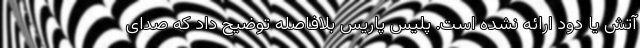
آتش یا دود ارائه نشده است. پلیس پاریس بلافاصله توضیح داد که صدای